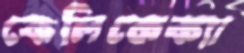
কেলিকেক্যা